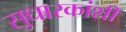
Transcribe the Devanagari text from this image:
सुधारकांशी